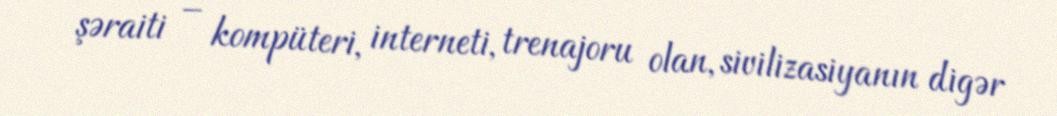
şəraiti – kompüteri, interneti, trenajoru olan, sivilizasiyanın digər